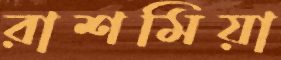
রাশমিয়া